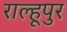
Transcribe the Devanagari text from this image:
राल्हूपुर